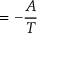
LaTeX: = - { \frac { A } { T } }